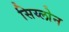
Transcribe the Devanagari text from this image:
सिय्लोन